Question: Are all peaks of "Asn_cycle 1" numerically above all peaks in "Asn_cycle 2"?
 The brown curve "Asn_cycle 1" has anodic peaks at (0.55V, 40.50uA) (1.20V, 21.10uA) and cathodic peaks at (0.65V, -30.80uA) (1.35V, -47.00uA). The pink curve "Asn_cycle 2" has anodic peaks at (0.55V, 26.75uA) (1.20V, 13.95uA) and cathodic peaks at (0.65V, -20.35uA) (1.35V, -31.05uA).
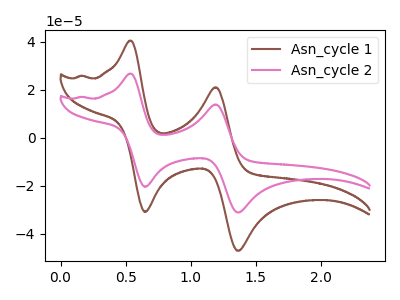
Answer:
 <answer>Every peak in "Asn_cycle 1" is higher than every peak in "Asn_cycle 2".</answer>
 <eval>higher</eval>